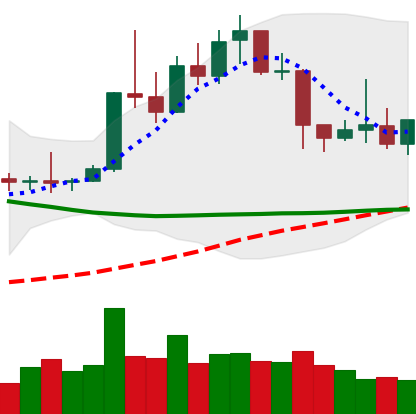
Ticker: XLM-USD
Chart end date: 2019-04-16
Forward return: -4.341%
Label: down_3_5